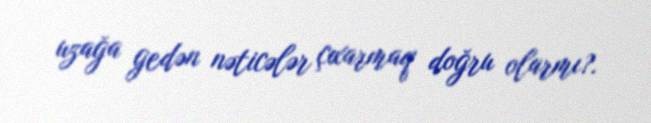
uzağa gedən nəticələr çıxarmaq doğru olarmı?.